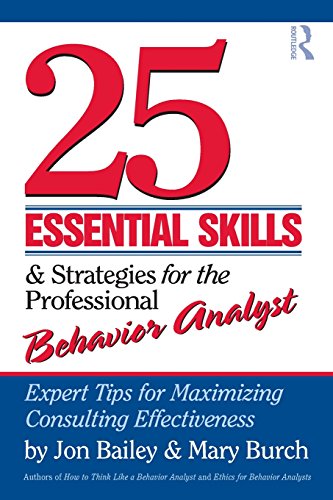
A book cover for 25 Essential Skills and Strategies for the Professional Behavior Analyst: Expert Tips for Maximizing Consulting Effectiveness; Jon Bailey; Medical Books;